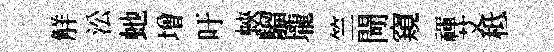
觧㳂虵増吁蛺騮壠竺閜窺禈艾秪